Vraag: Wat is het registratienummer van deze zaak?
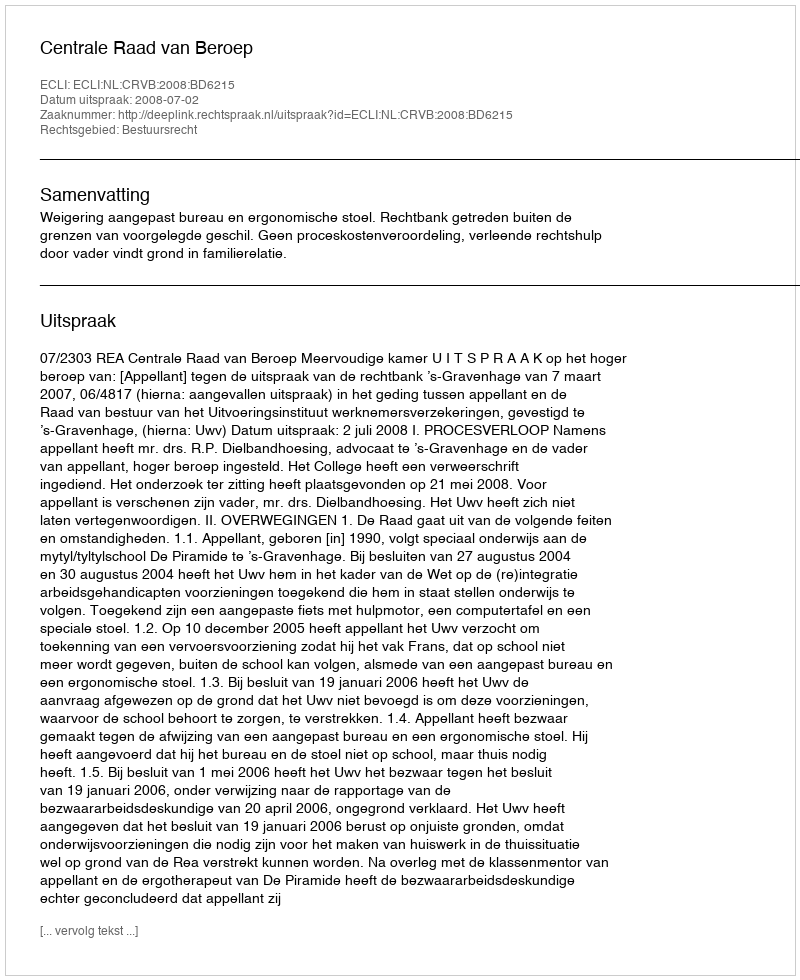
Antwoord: http://deeplink.rechtspraak.nl/uitspraak?id=ECLI:NL:CRVB:2008:BD6215